system: You are a helpful assistant.
user:
Analyze the provided spectrum to determine if it is a **"Cataclysmic Variables (CV)"**.

- **Key Indicators for CV (Check for either state):**
    - **State 1: Quiescent / Low-State (Emission-Dominated)**
        - **(Primary):** Strong and *very broad* Hydrogen Balmer emission lines (e.g., $H\alpha$ at 6563 Å, $H\beta$ at 4861 Å). The 'broadness' (high velocity dispersion, often FWHM > 1000 km/s) is the key diagnostic, indicating a high-velocity accretion disk.
        - **(Secondary):** Broad neutral Helium (He I) emission lines (e.g., 5876 Å, 6678 Å).
        - **(Key Confirmation):** Presence of high-excitation *ionized* Helium (He II) emission at 4686 Å. This is a strong indicator of accretion onto a white dwarf.
        - **(Line Profile):** Emission lines may exhibit a 'double-peaked' profile, which is a classic signature of a rotating accretion disk viewed at high inclination.

    - **State 2: Outburst / High-State (Absorption-Dominated)**
        - **(Primary):** Spectrum is dominated by a bright, blue continuum (looks like a hot star).
        - **(Secondary):** The emission lines from State 1 are weak, absent, or 'filled in', and are replaced by broad, shallow *absorption* lines (primarily Balmer and He I).
        - **(Morphology):** The overall spectrum mimics a hot B/A-type star. The crucial difference is that the absorption lines are significantly broader, shallower, and more 'washed-out' (or 'smeared') than the sharp lines of a normal stellar photosphere, due to high rotational speeds and pressure broadening in the disk.

Think first, call **spectral_visualization_tool** if needed to examine features in detail, then provide your final answer. Your response must adhere to the following strict rules:
1.  **Overall Structure:** Your response must follow the format `<think>...</think> <tool_call>...</tool_call> (if a tool is used) <answer>...</answer>`.
2.  **Tool Usage Constraint:** You may only make **one** tool call per turn.
3.  **Final Answer Format:** In the `<answer>` tag, your conclusion must be inside a `\boxed{}` command (e.g., `\boxed{YES}`), followed by your justification.

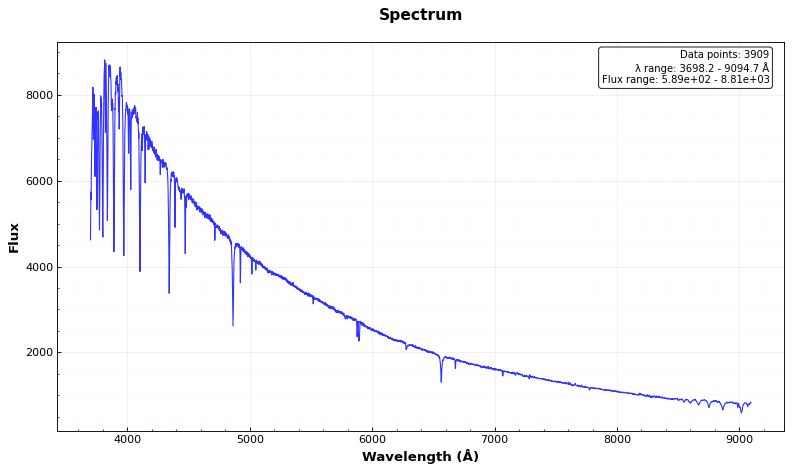
Answer: NO